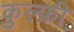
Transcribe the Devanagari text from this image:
कुल्फ़ी